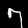
Label: 7